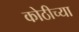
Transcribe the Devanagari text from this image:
कोठीच्या